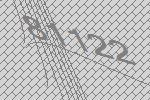
81122